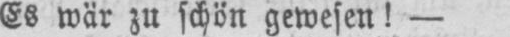
Es war zu schön gewesen! -